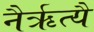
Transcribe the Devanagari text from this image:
नैर्ऋत्यै